Medical and sanitary report of the native army of Bengal for the year
Year: 1874
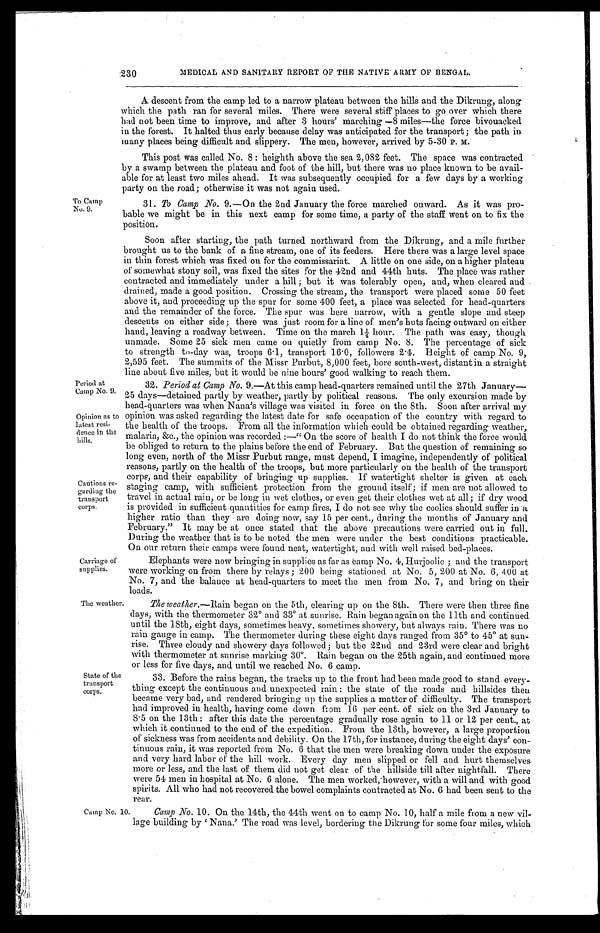
To Camp
No. 9.
Period at
Camp No. 9.
Opinion as to
latest resi-
dence in the
hills.
MEDICAL AND SANITARY REPORT OF THE NATIVE ARMY OF BENGAL.
A descent from the camp led to a narrow plateau between the hills and the Dikrung, along
which the path ran for several miles. There were several stiff places to go over which there
had not been time to improve, and after 3 hours' marching —8 miles—the force bivouacked
in the forest. It halted thus early because delay was anticipated for the transport ; the path in
many places being difficult and slippery. The men, however, arrived by 5-30 P. M.
This post was called No. 8 : heighth above the sea 2,082 feet. The space was contracted
by a swamp between the plateau and foot of the hill, but there was no place known to be avail-
able for at least two miles ahead. It was subsequently occupied for a few days by a working
party on the road ; otherwise it was not again used.
230
Cautions re-
garding the
transport
corps.
31. To Camp No. 9.—On the 2nd January the force marched onward. As it was pro-
bable we might be in this next camp for some time, a party of the staff went on to fix the
position.
Soon after starting, the path turned northward from the Dikrung, and a mile further
brought us to the bank of a fine stream, one of its feeders. Here there was a large level space
in thin forest which was fixed on for the commissariat. A little on one side, on a higher plateau
of somewhat stony soil, was fixed the sites for the 42nd and 44th huts. The place was rather
contracted and immediately under a hill ; but it was tolerably open, and, when cleared and
drained, made a good position. Crossing the stream, the transport were placed some 50 feet
above it, and proceeding up the spur for some 400 feet, a place was selected for head-quarters
and the remainder of the force. The spur was here narrow, with a gentle slope and steep
descents on either side ; there was just room for a line of men's huts facing outward on either
hand, leaving a roadway between. Time on the march 1 1/4 hour. The path was easy, though
unmade. Some 25 sick men came on quietly from camp No. 8. The percentage of sick
to strength to-day was, troops 6.1, transport 16.0, followers 2 . 4. Height of camp No. 9,
2,595 feet. The summits of the Missr Purbut, 8,000 feet, bore south-west, distant in a straight
line about five miles, but it would be nine hours' good walking to reach them.
32. Period at Camp No. 9.—At this camp head-quarters remained until the 27th January—
25 days—detained partly by weather, partly by political reasons. The only excursion made by
head-quarters was when Nana's village was visited in force on the 8th. Soon after arrival my
opinion was asked regarding the latest date for safe occupation of the country with regard to
the health of the troops. From all the information which could be obtained regarding weather,
malaria, &c., the opinion was recorded :—" On the score of health I do not think the force would
be obliged to return to the plains before the end of February. But the question of remaining so
long even, north of the Missr Purbut range, must depend, I imagine, independently of political
reasons, partly on the health of the troops, but more particularly on the health of the transport
corps, and their capability of bringing up supplies. If watertight shelter is given at each
staging camp, with sufficient protection from the ground itself ; if men are not allowed to
travel in actual rain, or be long in wet clothes, or even get their clothes wet at all ; if dry wood
is provided in sufficient quantities for camp fires, I do not see why the coolies should suffer in a
higher ratio than they are doing now, say 15 per cent., during the months of January and
February." It may be at once stated that the above precautions were carried out in full.
During the weather that is to be noted the men were under the best conditions practicable.
On our return their camps were found neat, watertight, and with well raised bed-places.
Carriage of
supplies.
Elephants were now bringing in supplies as far as Camp No. 4, Hurjoolie ; and the transport
were working on from there by relays ; 200 being stationed at No. 5, 200 at No. 6, 400 at
No. 7, and the balance at head-quarters to meet the men from No. 7, and bring on their
loads.
The weather.
State of the
transport
corps.
The weather.— Rain began on the 5th, clearing up on the 8th. There were then three fine
days, with the thermometer 32˚ and 33˚ at sunrise. Rain began again on the 11th and continued
until the 18th, eight days, sometimes heavy, sometimes showery, but always rain. There was no
rain gauge in camp. The thermometer during these eight days ranged from 35˚ to 45˚ at su
nrise. Three cloudy and showery days followed ; but the 22nd and 23rd were clear and bright
with thermometer at sunrise marking 30˚. Rain began on the 25th again, and continued more
or less for five days, and until we reached No. 6 camp.
33. Before the rains began, the tracks up to the front had been made good to stand every-
thing except the continuous and unexpected rain : the state of the roads and hillsides then
became very bad, and rendered bringing up the supplies a matter of difficulty. The transport
had improved in health, having come down from 16 per cent. of sick on the 3rd January to
8 . 5 on the 13th : after this date the percentage gradually rose again to 11 or 12 per cent., at
which it continued to the end of the expedition. From the 13th, however, a large proportion
of sickness was from accidents and debility. On the 17th, for instance, during the eight days' con-
tinuous rain, it was reported from No. 6 that the men were breaking down under the exposure
and very hard labor of the hill work. Every day men slipped or fell and hurt themselves
more or less, and the last of them did not get clear of the hillside till after nightfall. There
were 54 men in hospital at No. 6 alone. The men worked, however, with a will and with good
spirits. All who had not recovered the bowel complaints contracted at No. 6 had been sent to the
rear.
Camp No. 10.
Camp No. 10. On the 14th, the 44th went on to camp No. 10, half a mile from a new vil-
lage building by ' Nana.' The road was level, bordering the Dikrung for some four miles, which